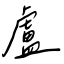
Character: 盧